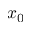
x _ { 0 }